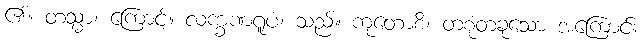
၏။ တသ္မာ၊ ကြောင့်။ လက္ခဏရူပံ၊ သည်။ ကုတောစိ၊ တစုံတခုသော အကြောင်း